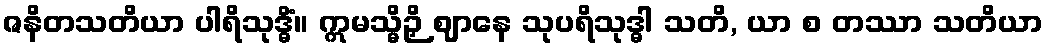
ဇနိတသတိယာ ပါရိသုဒ္ဓိံ။ ဣမသ္မိဉှိ ဈာနေ သုပရိသုဒ္ဓါ သတိ, ယာ စ တဿာ သတိယာ